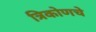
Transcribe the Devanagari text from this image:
त्रिकोणचे